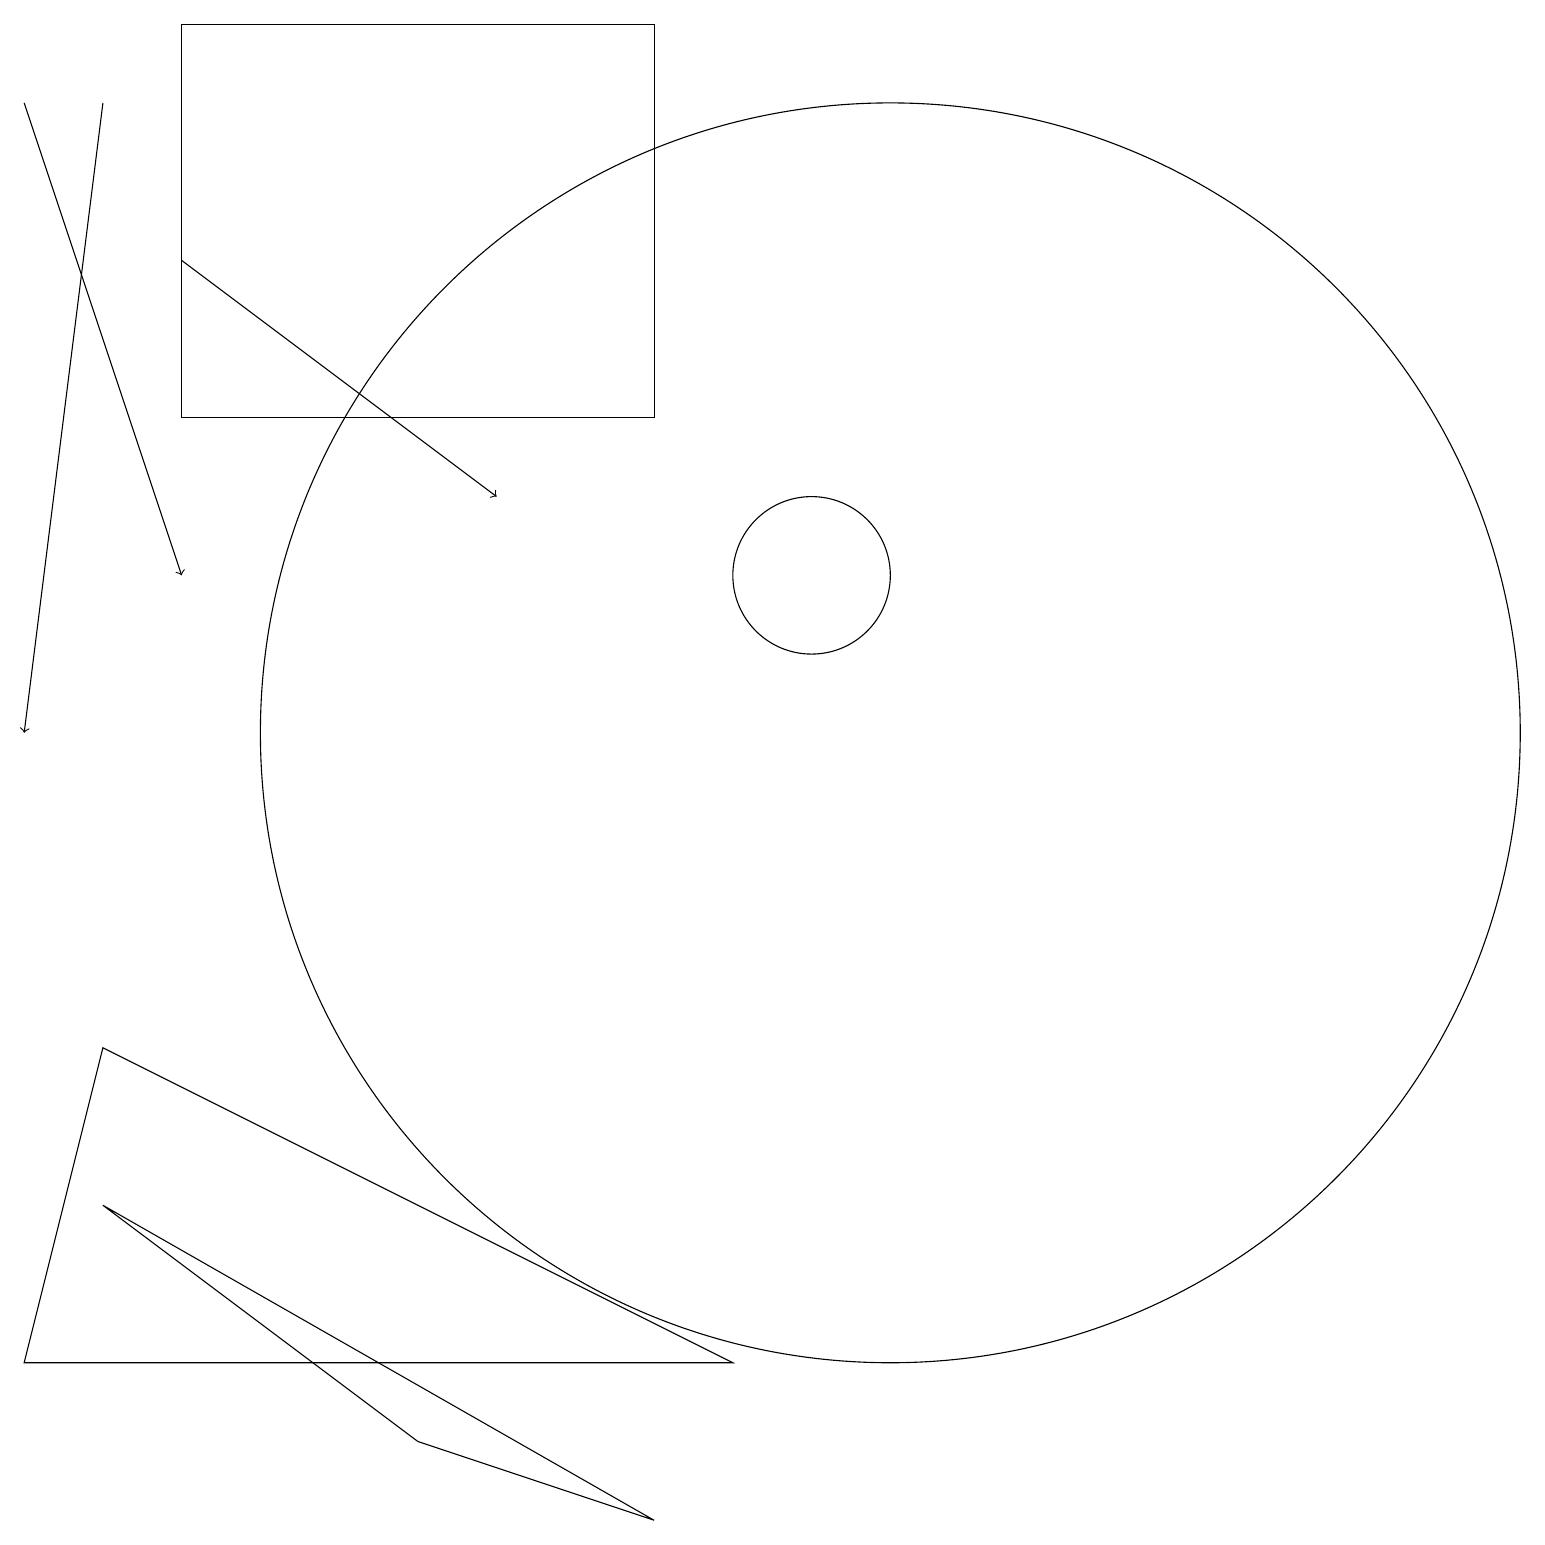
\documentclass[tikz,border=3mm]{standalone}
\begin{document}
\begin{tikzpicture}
\draw[->] (1,18) -- (0,10);
\draw (0,2) -- (9,2) -- (1,6) -- cycle;
\draw (8,0) -- (5,1) -- (1,4) -- cycle;
\draw (10,12) circle (1);
\draw[->] (0,18) -- (2,12);
\draw[->] (2,16) -- (6,13);
\draw (8,14) rectangle (2,19);
\draw (11,10) circle (8);
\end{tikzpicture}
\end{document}